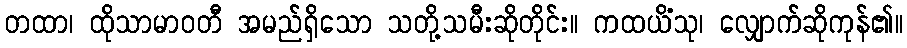
တထာ၊ ထိုသာမာဝတီ အမည်ရှိသော သတို့သမီးဆိုတိုင်း။ ကထယိံသု၊ လျှောက်ဆိုကုန်၏။